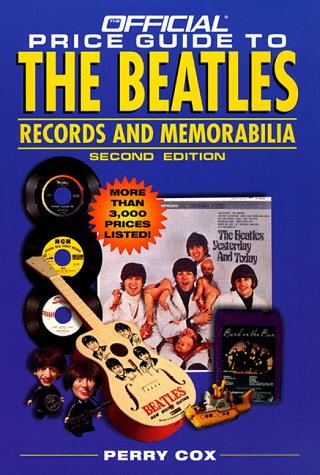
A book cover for The Official Price Guide to The Beatles Records and Memorabilia: 2nd Edition; Perry Cox; Humor & Entertainment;